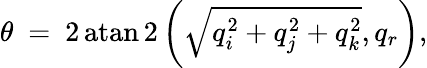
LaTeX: \theta\ =\ 2\operatorname{atan2}\left({\sqrt{q_{i}^{2}+q_{j}^{2}+q_{k}^{2}}},q_{r}\right),